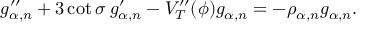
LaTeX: g _ { \alpha , n } ^ { \prime \prime } + 3 \cot \sigma \: g _ { \alpha , n } ^ { \prime } - V _ { T } ^ { \prime \prime } ( \phi ) g _ { \alpha , n } = - \rho _ { \alpha , n } g _ { \alpha , n } .